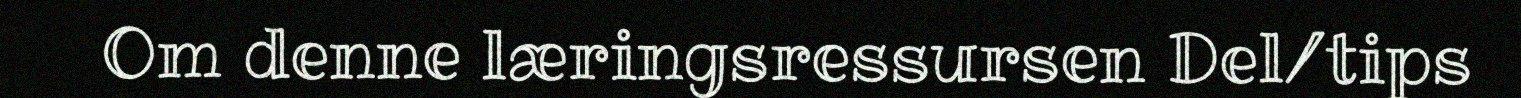
Om denne læringsressursen Del/tips